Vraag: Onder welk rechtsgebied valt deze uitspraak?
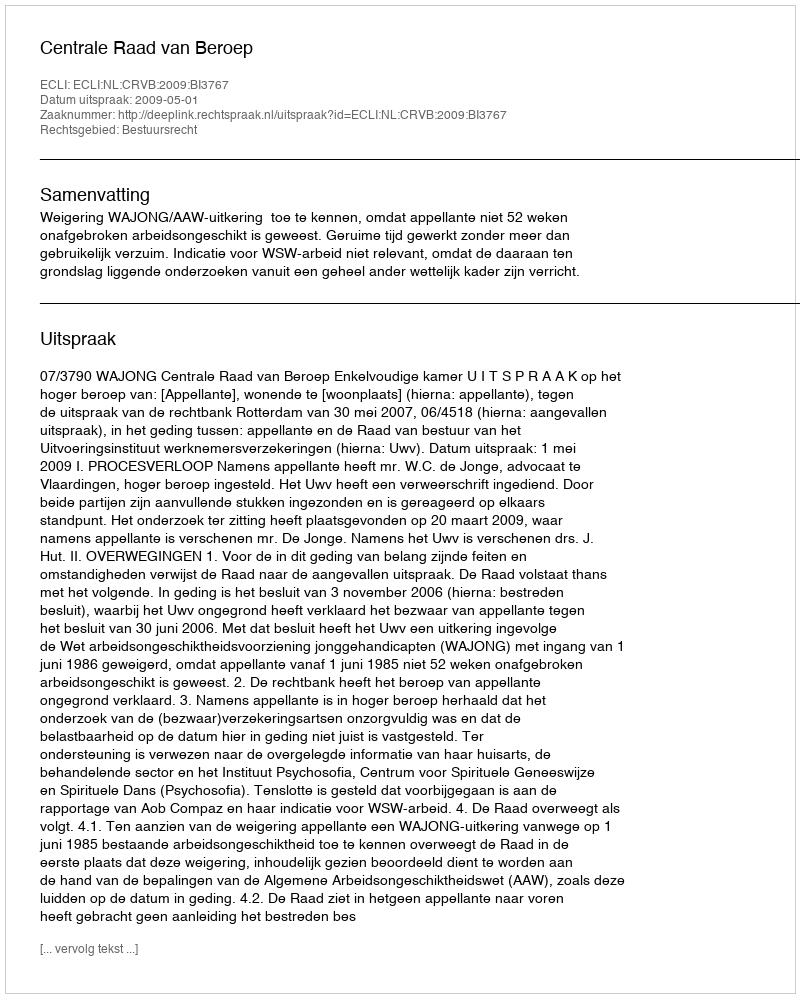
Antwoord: Bestuursrecht